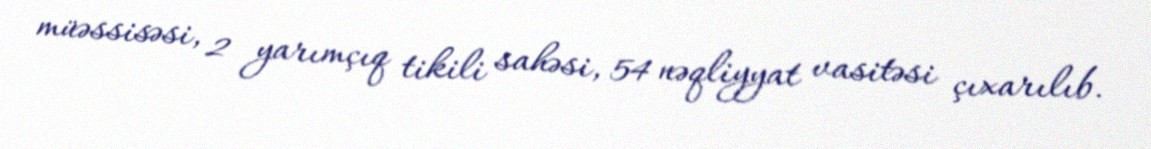
müəssisəsi, 2 yarımçıq tikili sahəsi, 54 nəqliyyat vasitəsi çıxarılıb.